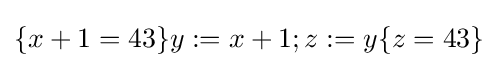
\{x+1=43\}y:=x+1;z:=y\{z=43\}